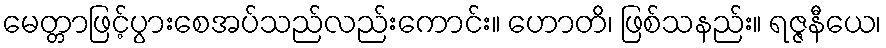
မေတ္တာဖြင့်ပွားစေအပ်သည်လည်းကောင်း။ ဟောတိ၊ ဖြစ်သနည်း။ ရဇ္ဇနီယေ၊